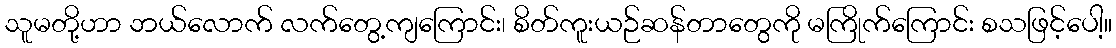
သူမတို့ဟာ ဘယ်လောက် လက်တွေ့ကျကြောင်း၊ စိတ်ကူးယဉ်ဆန်တာတွေကို မကြိုက်ကြောင်း စသဖြင့်ပေါ့။